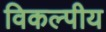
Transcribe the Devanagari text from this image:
विकल्पीय